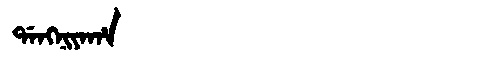
Manchu: ᡩᠠᠩᠨᡳᠶᠠᡥᠠ
Romanization: DANGNIYAHA